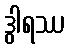
ဒွါရဿ